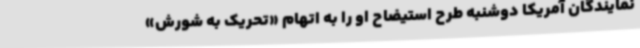
نمایندگان آمریکا دوشنبه طرح استیضاح او را به اتهام «تحریک به شورش»